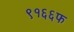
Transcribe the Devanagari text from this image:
९१६६फ